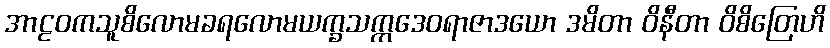
အာဠဝကသူစိလောမခရလောမယက္ခသက္ကဒေဝရာဇာဒယော ဒမိတာ ဝိနီတာ ဝိစိတြေဟိ